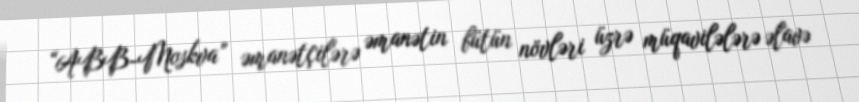
“ABB-Moskva” əmanətçilərə əmanətin bütün növləri üzrə müqavilələrə əlavə